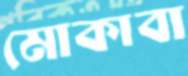
মোকাবা